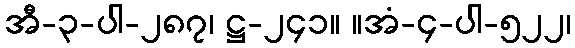
အီ-၃-ပါ-၂၈၇၊ ဋ္ဌ-၂၄၁။ ။အံ-၄-ပါ-၅၂၂၊